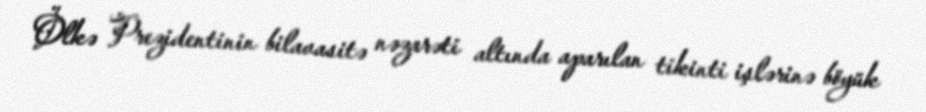
Ölkə Prezidentinin bilavasitə nəzarəti altında aparılan tikinti işlərinə böyük